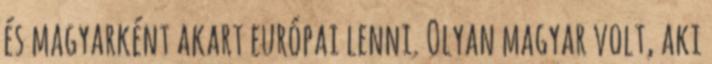
és magyarként akart európai lenni. Olyan magyar volt, aki